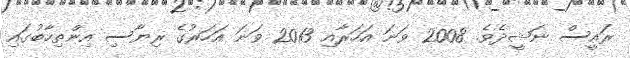
ރައީސް ނަޝީދެވެ. 2008 ވަނަ އަހަރާއި 2013 ވަނަ އަހަރުގެ ރިޔާސި އިންތިހާބުގައި